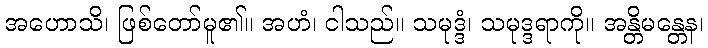
အဟောသိ၊ ဖြစ်တော်မူ၏။ အဟံ၊ ငါသည်။ သမုဒ္ဒံ၊ သမုဒ္ဒရာကို။ အန္တိမန္တေန၊